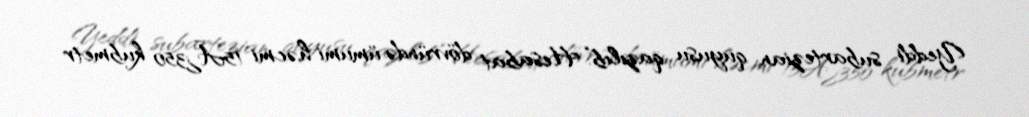
Yeddi subartezian quyusu qazılıb:“Hesabat dövründə ümumi həcmi 15Ã¿350 kubmetr